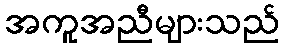
အကူအညီများသည်